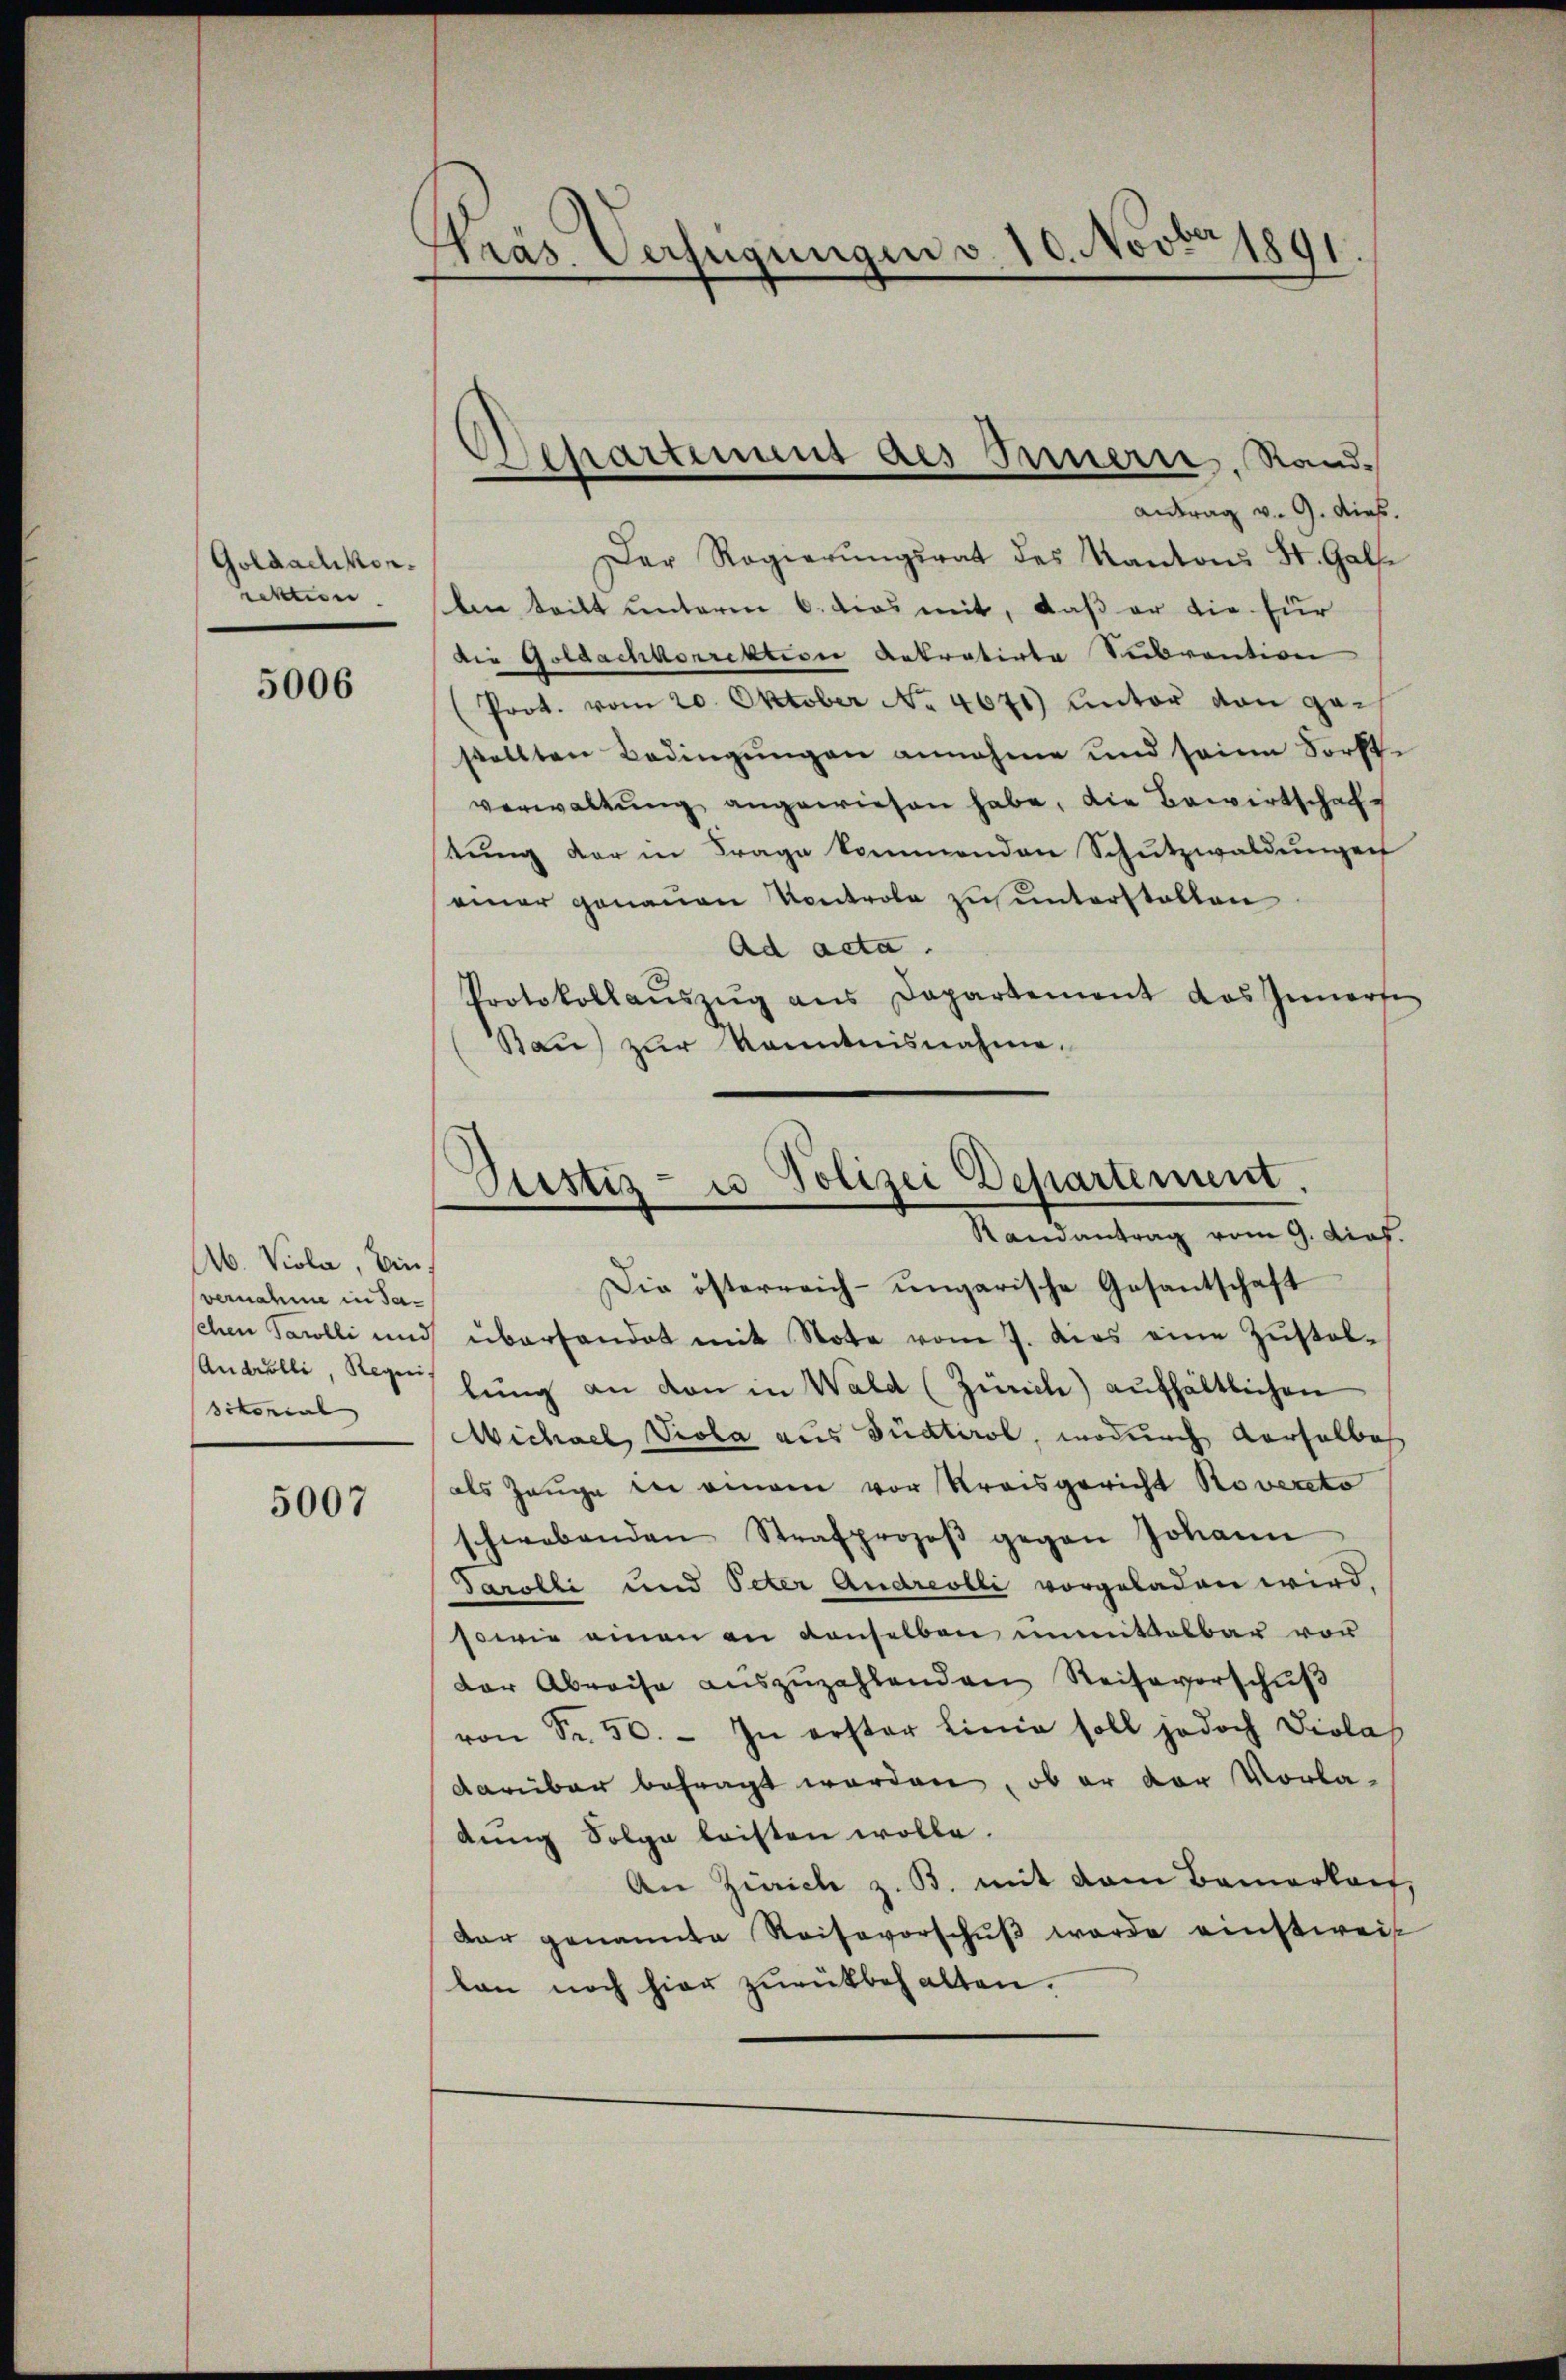
Goldachkon.
rektion.

5006

Ab. Viola, bin
vernahme in Tasctonial

5007

Präs. Verfügungen v. 10. Novbr 1891

Departinus des Innern, Rand¬

Antrag v. 9. dies.
Der Regierŭngsrat des Kantons St. Galle
An teilt unterm 6. dies mit, daß er die für
die Goldachkorrektion Antratirte Subvention
(Prot. vom 20. Oktober No. 4671) unter von gestellten Bedingungen annahme und seine Sorte
verwaltŭng angewiesen habe, die Bewirtschaftung der in Frage kommenden Schutzwaldungen
einer genauen Kontrole zu unterstalten
Ad acta.
Protokollaŭszŭg ans Departement das Innerse
Rau) zur Kenntnisnahme.

Ptistiz- u Polizei Departement.
Randantrag vom 9. dief.

Die österreich-ungarische Gesantschaft
sehen Pawlli und überhandet mit Note vom 7. dies eine Zŭstal-
Angulli, Seges hung an den in Wald (Zürich) aufhältlichen
Wichael, Viola aus Südtirol, wodurch derselbes
als Zeuge in einem vor Kreisgericht Roversto
schwebenden Strafprozeβ gegen Johann
Tarolli und Peter Andreolli vorgeladen wird.
sowie einen an denselben unmittelbar vor
der Abreise auszuzahlenden Reiseverschuß
von Fr. 50. - In erster Linie soll jedoch Diolas
darüber befragt worden, ob er der Vorladung Folge leisten wolle.
An Zürich z. B. mit dem Bemerkauf,
dar genannte Reisevorschŭβ werde einstweis
lan noch hier zurückbehalten.